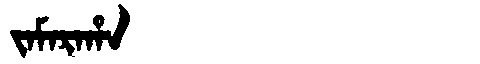
Manchu: ᠵᠠᠮᠠᡵᠠᡥᠠ
Romanization: JAMARAHA